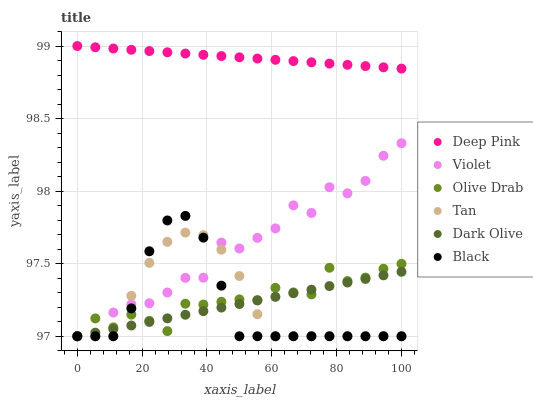
| xaxis_label | Deep Pink | Violet | Olive Drab | Tan | Dark Olive | Black |
 | --- | --- | --- | --- | --- | --- | --- |
 | 0 | 99 | 97 | 97 | 97 | 97 | 97 |
 | 5.56 | 99 | 97 | 97.1 | 97 | 97 | 97 |
 | 11.1 | 99 | 97.2 | 97.1 | 97 | 97 | 97 |
 | 16.7 | 99 | 97.2 | 97.1 | 97.3 | 97.1 | 97.2 |
 | 22.2 | 99 | 97.2 | 97.1 | 97.5 | 97.1 | 97.6 |
 | 27.8 | 99 | 97.3 | 97 | 97.7 | 97.1 | 97.8 |
 | 33.3 | 98.9 | 97.4 | 97.2 | 97.7 | 97.1 | 97.8 |
 | 38.9 | 98.9 | 97.4 | 97.2 | 97.7 | 97.2 | 97.7 |
 | 44.4 | 98.9 | 97.6 | 97.2 | 97.6 | 97.2 | 97.3 |
 | 50 | 98.9 | 97.6 | 97.3 | 97.4 | 97.2 | 97 |
 | 55.6 | 98.9 | 97.7 | 97.2 | 97.2 | 97.2 | 97 |
 | 61.1 | 98.9 | 97.7 | 97.3 | 97 | 97.3 | 97 |
 | 66.7 | 98.9 | 97.9 | 97.3 | 97 | 97.3 | 97 |
 | 72.2 | 98.9 | 97.8 | 97.3 | 97 | 97.3 | 97 |
 | 77.8 | 98.9 | 98 | 97.5 | 97 | 97.3 | 97 |
 | 83.3 | 98.9 | 98 | 97.4 | 97 | 97.4 | 97 |
 | 88.9 | 98.9 | 98.1 | 97.4 | 97 | 97.4 | 97 |
 | 94.4 | 98.9 | 98.2 | 97.5 | 97 | 97.4 | 97 |
 | 100 | 98.8 | 98.3 | 97.5 | 97 | 97.4 | 97 |